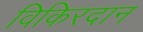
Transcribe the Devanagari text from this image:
विकिरदान